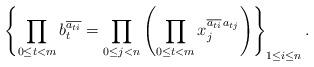
LaTeX: \begin{align*}\left\{ \prod_{0\le t<m}b_{t}^{\overline{a_{ti}}}=\prod_{0\le j<n}\left(\prod_{0\le t<m}x_{j}^{\overline{a_{ti}}\,a_{tj}}\right)\right\} _{1\le i\le n}.\end{align*}